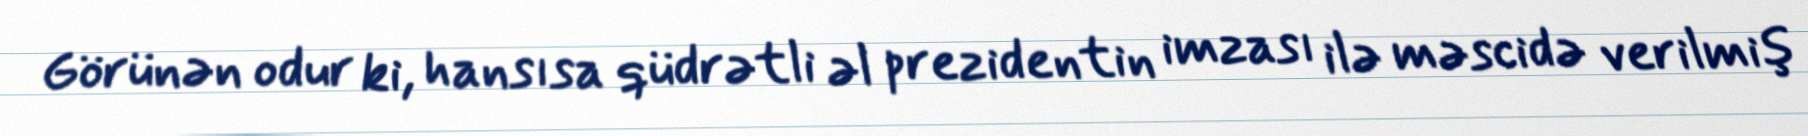
Görünən odur ki, hansısa qüdrətli əl prezidentin imzası ilə məscidə verilmiş